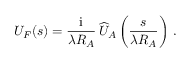
U _ { F } ( \boldsymbol s ) = { \frac { \mathrm { i } } { \lambda R _ { A } } } \, \widehat U _ { A } \left( { \frac { \boldsymbol s } { \lambda R _ { A } } } \right) \, .